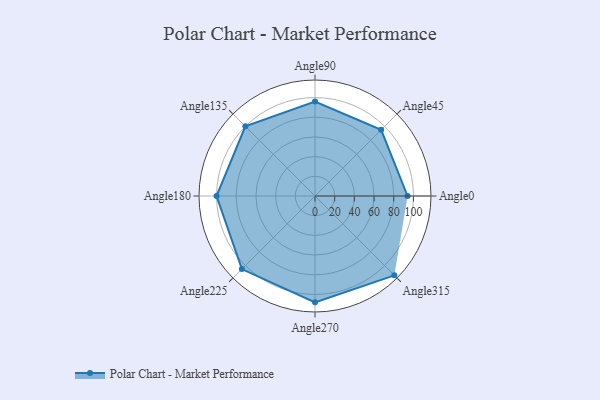
{"axis": {"x": "Angle", "y": "Radius"}, "legend": [""], "data": [{"x": "Angle0", "y": 94.0, "type": ""}, {"x": "Angle45", "y": 95.0, "type": ""}, {"x": "Angle90", "y": 96.0, "type": ""}, {"x": "Angle135", "y": 100.0, "type": ""}, {"x": "Angle180", "y": 100.0, "type": ""}, {"x": "Angle225", "y": 105.0, "type": ""}, {"x": "Angle270", "y": 108.0, "type": ""}, {"x": "Angle315", "y": 114.0, "type": ""}]}